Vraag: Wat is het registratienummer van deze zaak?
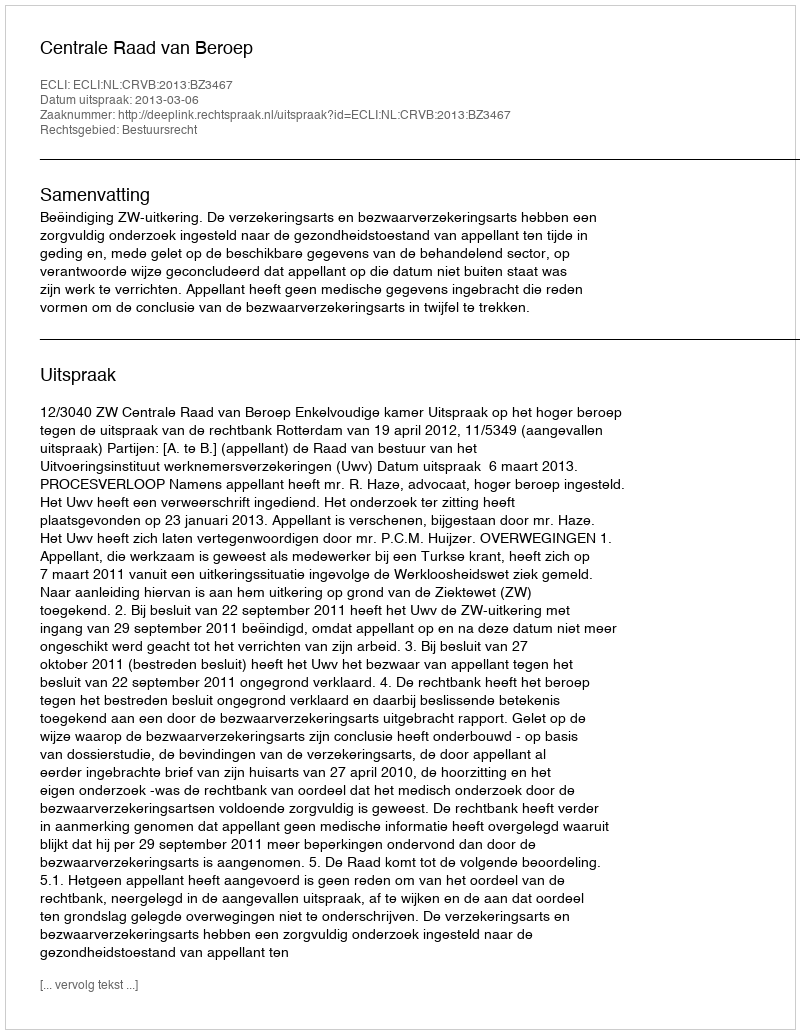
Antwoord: http://deeplink.rechtspraak.nl/uitspraak?id=ECLI:NL:CRVB:2013:BZ3467